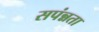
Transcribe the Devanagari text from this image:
सपंन्नता